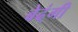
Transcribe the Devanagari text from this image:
बेढ्ंगी